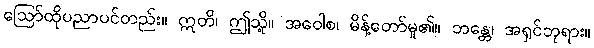
ဩော်ထိုပညာပင်တည်း။ ဣတိ၊ ဤသို့။ အဝေါစ၊ မိန့်တော်မူ၏။ ဘန္တေ၊ အရှင်ဘုရား။